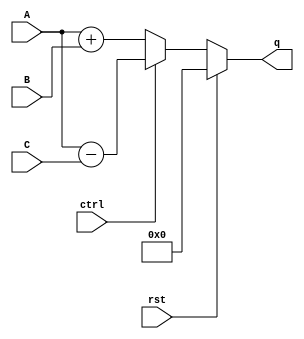
//!DO NOT MODIFY MODULE NAME AND PORT NAME!
module CCTA(
        input [3:0] A,
        input [3:0] B,
        input [3:0] C,
        input rst,
        input ctrl,
        output [4:0] q
);
    
reg [4:0]reg_q = 5'b00000;
assign q = reg_q;

//YOUR CODE HERE

always@(A,B,C,rst,ctrl)
begin
    if(rst) reg_q = 5'b00000;
    else
    begin
    if(ctrl) reg_q = A - C;
    else reg_q = A + B;
    end
end

endmodule